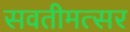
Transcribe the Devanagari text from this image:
सवतीमत्सर